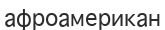
афроамерикан